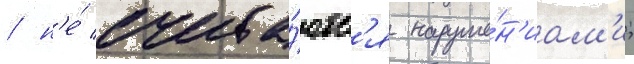
/ н'е́ счита́ютс'я наруше́н'иам'и;